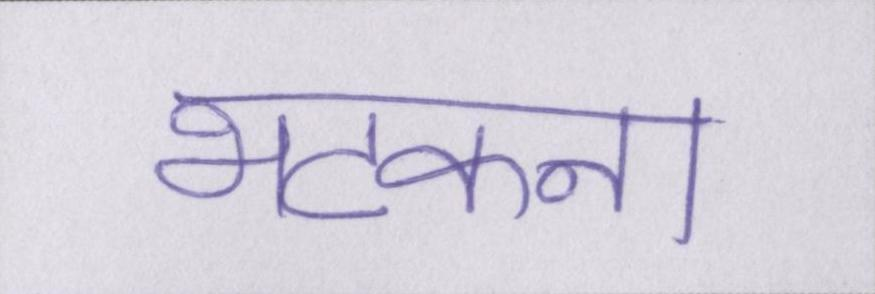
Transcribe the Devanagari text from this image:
भटकना